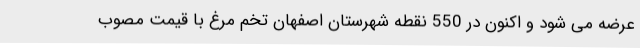
عرضه می شود و اکنون در 550 نقطه شهرستان اصفهان تخم مرغ با قیمت مصوب